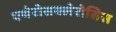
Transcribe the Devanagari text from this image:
एथेरोसक्लेरोसिस